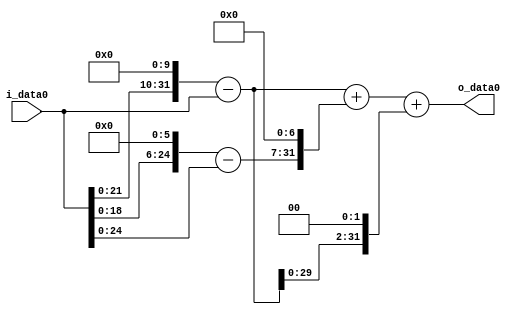
module multiplier_block (
    i_data0,
    o_data0
);

  // Port mode declarations:
  input   [31:0] i_data0;
  output  [31:0]
    o_data0;

  //Multipliers:

  wire [31:0]
    w1,
    w1024,
    w1023,
    w64,
    w63,
    w8064,
    w9087,
    w4092,
    w13179;

  assign w1 = i_data0;
  assign w1023 = w1024 - w1;
  assign w1024 = w1 << 10;
  assign w13179 = w9087 + w4092;
  assign w4092 = w1023 << 2;
  assign w63 = w64 - w1;
  assign w64 = w1 << 6;
  assign w8064 = w63 << 7;
  assign w9087 = w1023 + w8064;

  assign o_data0 = w13179;

  //multiplier_block area estimate = 6819.12002173677;
endmodule